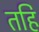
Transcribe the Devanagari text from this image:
तहि